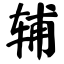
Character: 辅